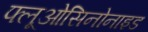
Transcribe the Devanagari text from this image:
फ्लूओसिनोनाइड